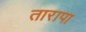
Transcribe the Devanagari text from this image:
तारापा